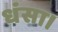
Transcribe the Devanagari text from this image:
धंसा।